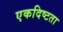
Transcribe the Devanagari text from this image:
एकदिष्टता